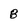
Character: 8